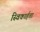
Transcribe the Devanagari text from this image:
स्विकार्हता